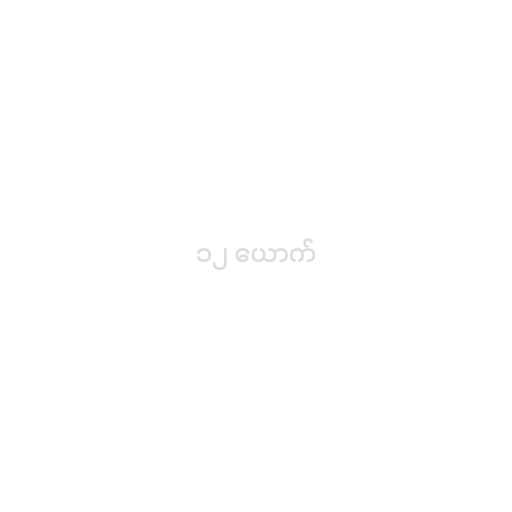
၁၂ ယောက်